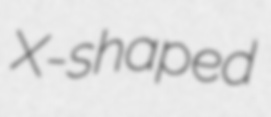
X-shaped